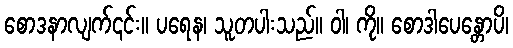
စောဒနာလျက်၎င်း။ ပရေန၊ သူတပါးသည်။ ဝါ၊ ကို။ စောဒါပေန္တောပိ၊